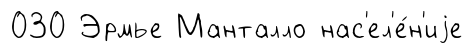
030 Эрмье Манталло нас'ел'е́н'иjе